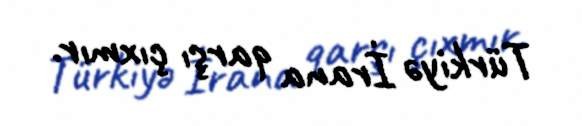
Türkiyə İrana qarşı çıxmır.